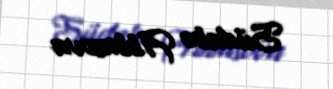
Südabə Abbasova